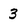
Character: 3